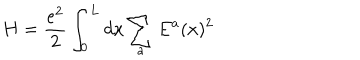
H = \frac { e ^ { 2 } } { 2 } \int _ { 0 } ^ { L } d x \sum _ { a } E ^ { a } ( x ) ^ { 2 }